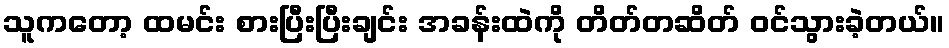
သူကတော့ ထမင်း စားပြီးပြီးချင်း အခန်းထဲကို တိတ်တဆိတ် ဝင်သွားခဲ့တယ်။